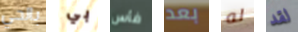
بالحي بي فأس بعد له لقد